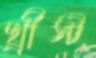
খ্রীস্ট